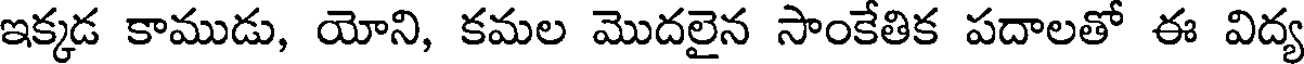
ఇక్కడ కాముడు, యోని, కమల మొదలైన సాంకేతిక పదాలతో ఈ విద్య